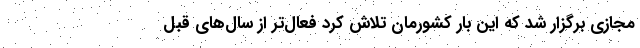
مجازی برگزار شد که این بار کشورمان تلاش کرد فعال‌تر از سال‌های قبل